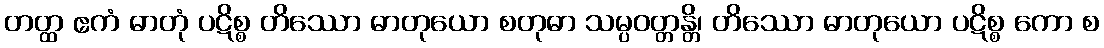
တတ္ထ ဧကံ ဓာတုံ ပဋိစ္စ တိဿော ဓာတုယော စတုဓာ သမ္ပဝတ္တန္တိ၊ တိဿော ဓာတုယော ပဋိစ္စ ကော စ